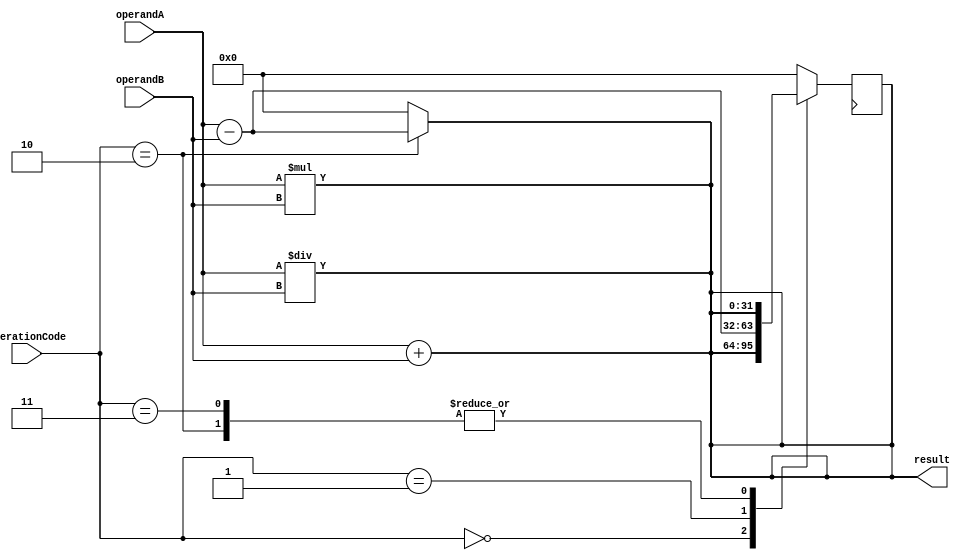
module ALU32 (
    input [31:0] operandA,
    input [31:0] operandB,
    input [3:0] operationCode,
    output reg [31:0] result
);

// Arithmetic blocks
// Carry lookahead adder
assign {carry_out, result} = operandA + operandB;

// Subtractor using 2's complement
assign result = (operationCode == 4'b0010) ? operandA - operandB : 0;

// Wallace tree multiplier
assign {result} = operandA * operandB;

// Radix-2 SRT divider
assign {result} = operandA / operandB;

always @ (posedge clk) begin
    case (operationCode)
        4'b0000: result <= operandA + operandB; // Addition
        4'b0001: result <= operandA - operandB; // Subtraction
        4'b0010: result <= operandA * operandB; // Multiplication
        4'b0011: result <= operandA / operandB; // Division
        default: result <= 0;
    endcase
end

endmodule